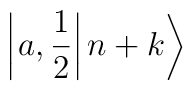
\left| \left. a,\frac{1}{2}\right| n+k\right\rangle